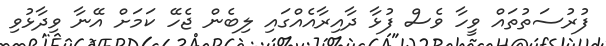
ފުރުސަތުތައް ވީހާ ވެސް ފުޅާ ދާއިރާއެއްގައި ލިބެން ޖެހޭ ކަމަށް އޭނާ ވިދާޅުވި